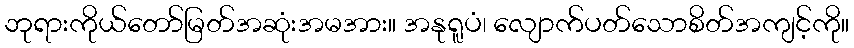
ဘုရားကိုယ်တော်မြတ်အဆုံးအမအား။ အနုရူပံ၊ လျောက်ပတ်သောစိတ်အကျင့်ကို။